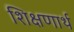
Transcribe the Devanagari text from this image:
शिक्षणार्थ